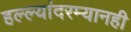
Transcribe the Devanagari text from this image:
हल्ल्यांदरम्यानही